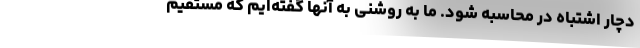
دچار اشتباه در محاسبه شود. ما به روشنی به آنها گفته‌ایم که مستقیم